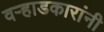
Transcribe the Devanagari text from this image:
वऱ्हाडकारांनी